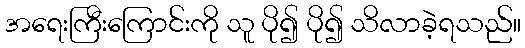
အရေးကြီးကြောင်းကို သူ ပို၍ ပို၍ သိလာခဲ့ရသည်။